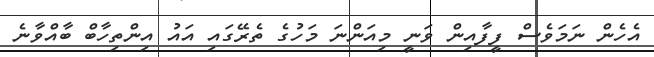
އެހެން ނަމަވެސް ފީފާއިން ވަނީ މިއަންނަ މަހުގެ ތެރޭގައި އައު އިންތިހާބް ބާއްވާނެ